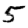
Digit: 5